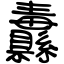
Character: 纛